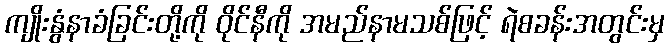
ကျိုးနွံနာခံခြင်းတို့ကို ဝိုင်နီကို အမည်နာမသစ်ဖြင့် ရဲစခန်းအတွင်းမှ